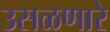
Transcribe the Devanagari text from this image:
उसळणारे